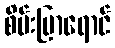
စိမ်းပြာရောင်